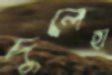
দুলেহা